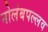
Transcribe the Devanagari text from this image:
नोलंबपल्लव